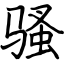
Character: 骚